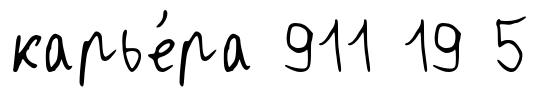
карье́ра 911 19 5